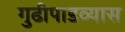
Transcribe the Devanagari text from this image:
गुढीपाडव्यास